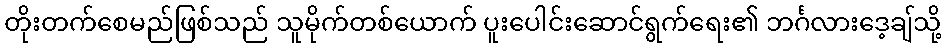
တိုးတက်စေမည်ဖြစ်သည် သူမိုက်တစ်ယောက် ပူးပေါင်းဆောင်ရွက်ရေး၏ ဘင်္ဂလားဒေ့ချ်သို့